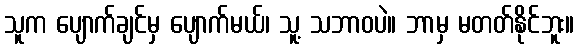
သူက ပျောက်ချင်မှ ပျောက်မယ်၊ သူ့ သဘာဝပဲ။ ဘာမှ မတတ်နိုင်ဘူး။